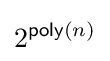
2^{{\mathsf {poly}}(n)}